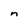
Character: n